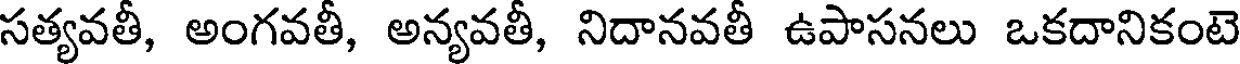
సత్యవతీ, అంగవతీ, అన్యవతీ, నిదానవతీ ఉపాసనలు ఒకదానికంటె